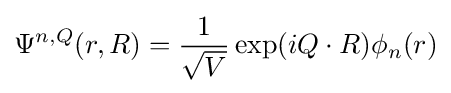
\Psi ^{n,Q}(r,R)={1 \over {\sqrt {V}}}\exp(iQ\cdot R)\phi _{n}(r)